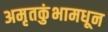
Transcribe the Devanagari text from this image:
अमृतकुंभामधून